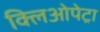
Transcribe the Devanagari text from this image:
क्लिओपेट्रा